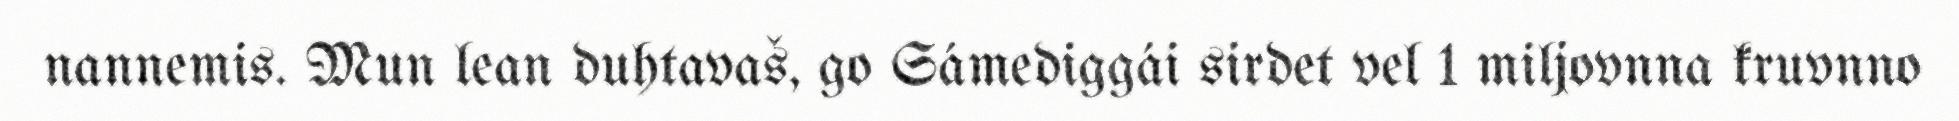
nannemis. Mun lean duhtavaš, go Sámediggái sirdet vel 1 miljovnna kruvnno